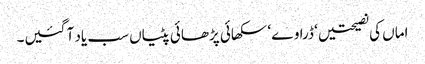
اماں کی نصیحتیں ‘ ڈراوے ‘ سکھائی پڑھائی پٹیاں سب یاد آ گئیں۔